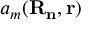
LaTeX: a _ { m } \mathbf { ( R _ { n } , r ) }